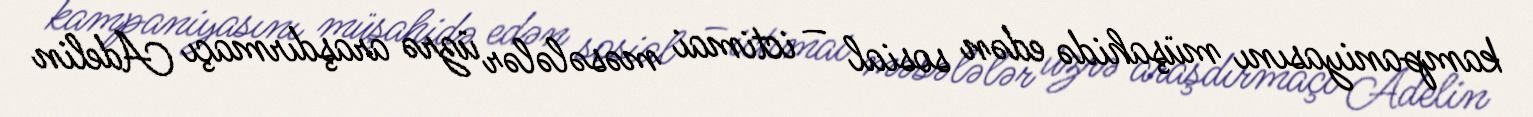
kampaniyasını müşahidə edən sosial – ictimai məsələlər üzrə araşdırmaçı Adelin